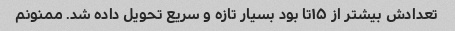
تعدادش بیشتر از ۱۵تا بود بسیار تازه و سریع تحویل داده شد. ممنونم